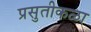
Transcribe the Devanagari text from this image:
प्रसुतीकळा